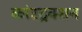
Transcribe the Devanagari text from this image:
कांस्ट्रक्शन